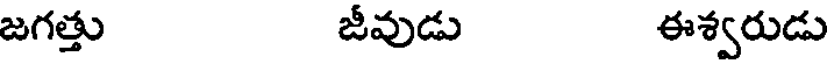
జగత్తు జీవుడు ఈశ్వరుడు